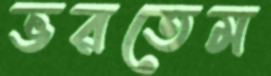
ভরতেম